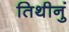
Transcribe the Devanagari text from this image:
तिथीनुं